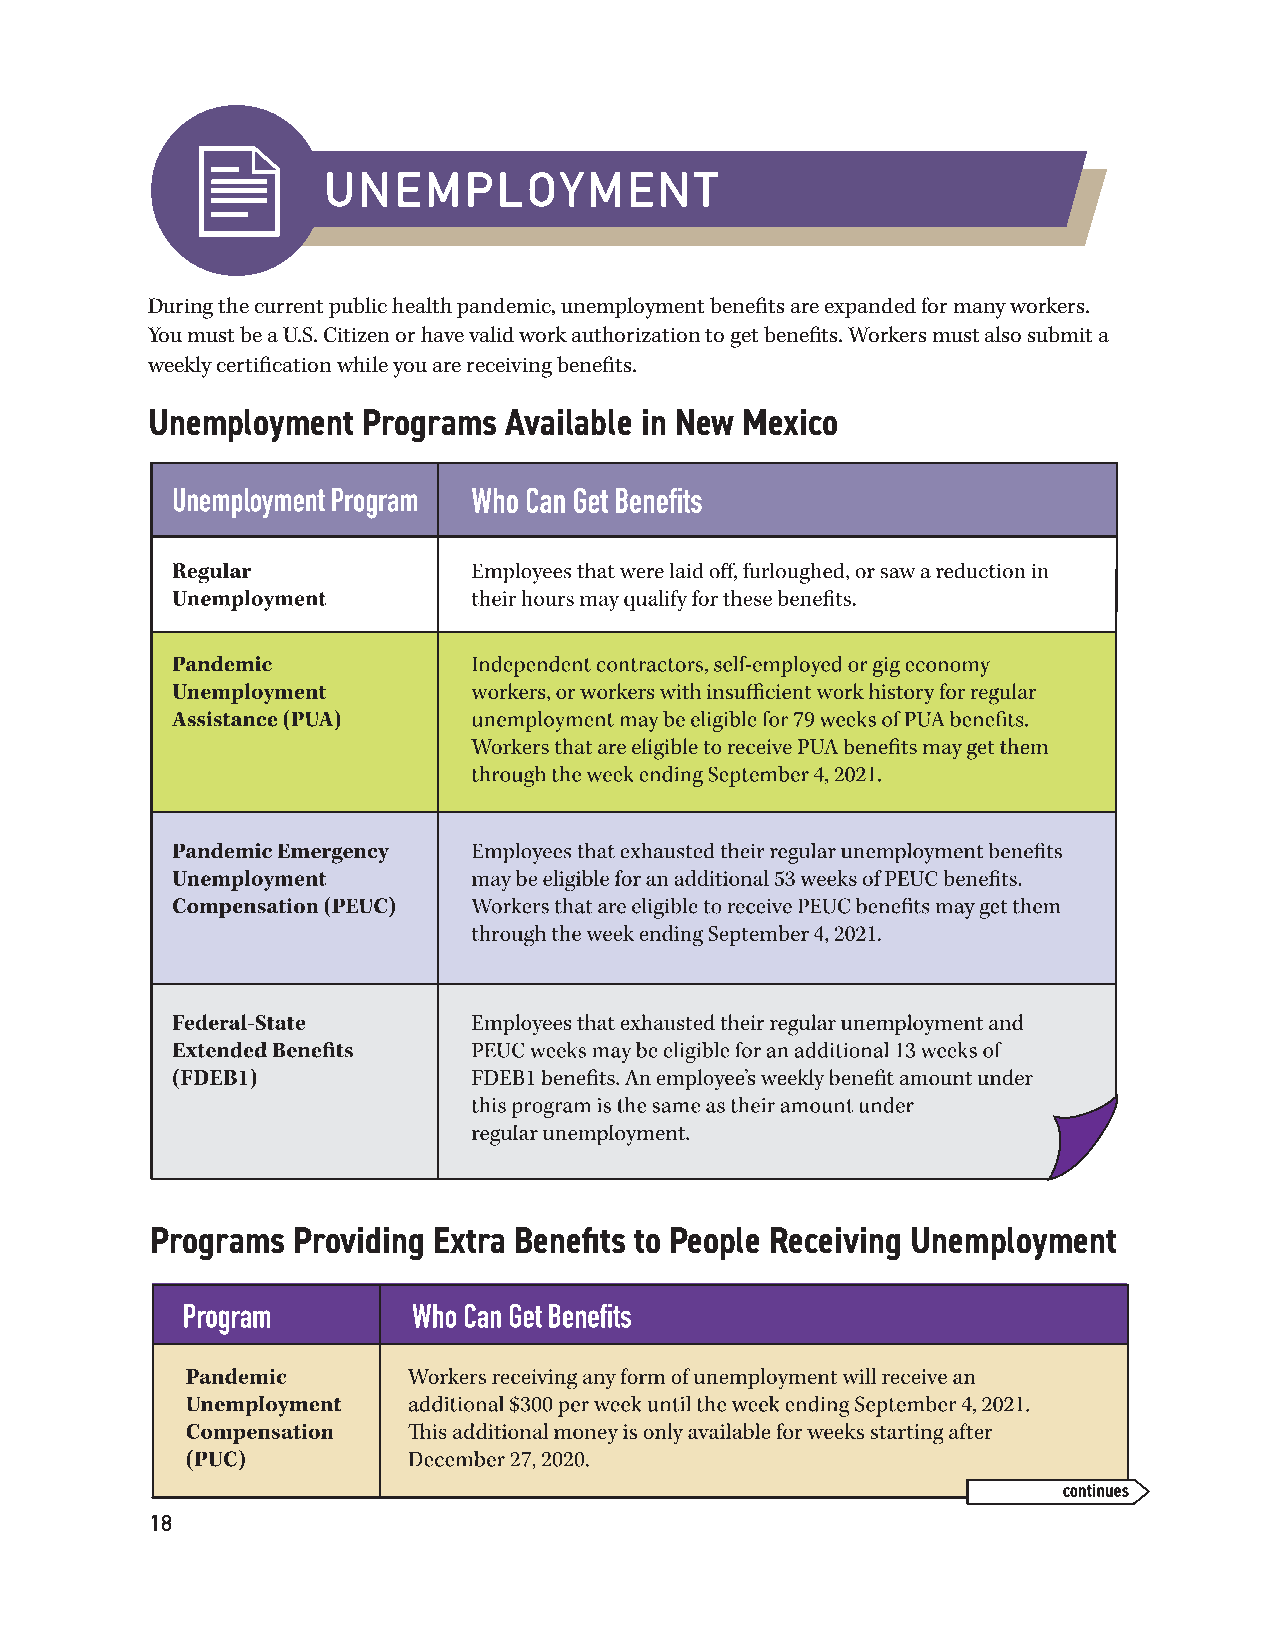
During the current public health pandemic, unemployment benefits are expanded for many workers.
 You must be a U.S. Citizen or have valid work authorization to get benefits. Workers must also submit a
 weekly certification while you are receiving benefits.
 Unemployment  Programs Available in New Mexico
 Programs Providing Extra Benefits to People Receiving Unemployment
 18